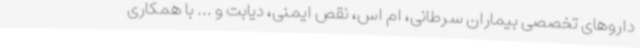
داروهای تخصصی بیماران سرطانی، ام اس، نقص ایمنی، دیابت و ... با همکاری